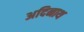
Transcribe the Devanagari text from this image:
अदिनाथ